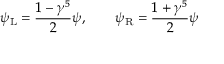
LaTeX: \psi _ { \mathrm { { L } } } = { \frac { 1 - \gamma ^ { 5 } } { 2 } } \psi , \qquad \psi _ { \mathrm { { R } } } = { \frac { 1 + \gamma ^ { 5 } } { 2 } } \psi